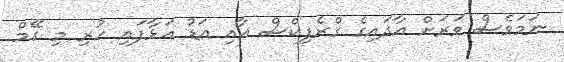
ނަމަވެސް ވަރަށް އާދައިގެ ގްރެފިކްސް އާއި އަޑު އަޅާފައި ހުރި މި ގޭމް